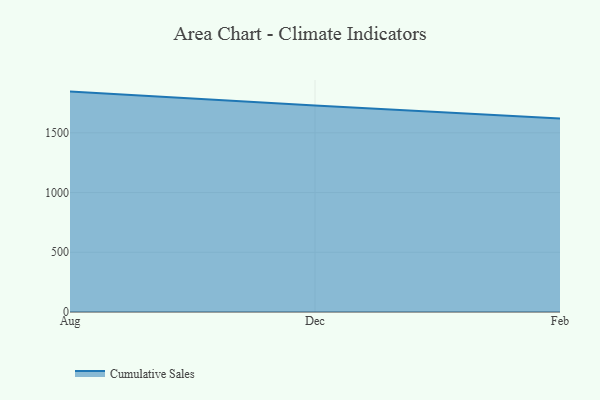
{"axis": {"x": "Month", "y": "Shipments"}, "legend": ["Cumulative Sales"], "data": [{"x": "Aug", "y": 1845.4, "type": "Cumulative Sales"}, {"x": "Dec", "y": 1729.6, "type": "Cumulative Sales"}, {"x": "Feb", "y": 1621.2, "type": "Cumulative Sales"}]}